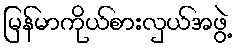
မြန်မာကိုယ်စားလှယ်အဖွဲ့